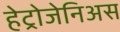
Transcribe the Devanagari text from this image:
हेट्रोजेनिअस